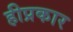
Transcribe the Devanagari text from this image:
हीप्रकार